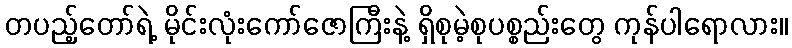
တပည့်တော်ရဲ့ မိုင်းလုံးကော်ဇောကြီးနဲ့ ရှိစုမဲ့စုပစ္စည်းတွေ ကုန်ပါရောလား။